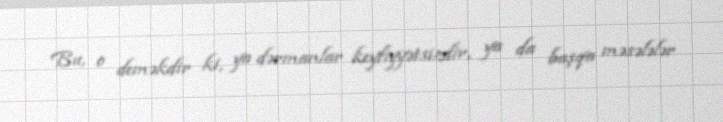
Bu, o deməkdir ki, ya dərmanlar keyfiyyətsizdir, ya da başqa məsələlər